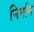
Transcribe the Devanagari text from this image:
निर्माम